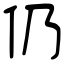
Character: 仍